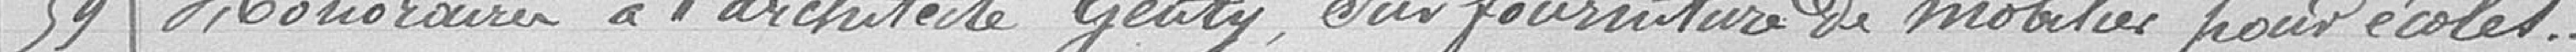
59 / Honoraires à l'architecte Genty, sur fourniture de mobilier pour écoles.